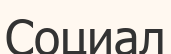
Социал